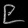
Digit: ၉